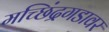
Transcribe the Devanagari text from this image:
मच्छिंद्रगडावर